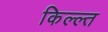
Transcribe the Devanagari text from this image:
किल्ल्त